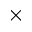
\times